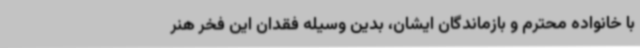
با خانواده محترم و بازماندگان ایشان، بدین وسیله فقدان این فخر هنر